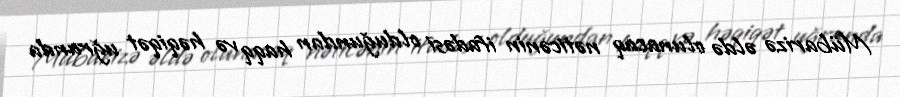
Mübarizə əldə olunacaq nəticənin ifadəsi olduğundan haqq və həqiqət uğrunda